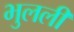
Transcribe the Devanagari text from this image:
भुलली